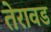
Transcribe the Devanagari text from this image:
तेरावड